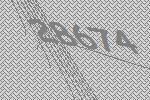
28674